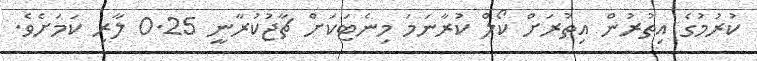
ކުރުމުގެ އިތުރުން އިތުރަށް ކޯލް ކުރާނަމަ މިނެޓަކަށް ޗާޖުކުރާނީ 0.25 ލާރި ކަމަށެވެ.